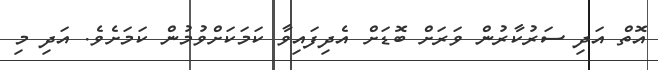
އޮތް އަދި ސަރުކާރުން ވަރަށް ބޮޑަށް އެދިފައިވާ ކަމަކަށްވުމުން ކަމަށެވެ. އަދި މި